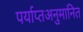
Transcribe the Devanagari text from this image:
पर्याप्तअनुमानित